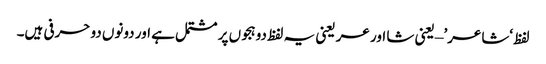
لفظ ‘شاعر’ – یعنی شا اور عر یعنی یہ لفظ دو ہجوں پر مشتمل ہے اور دونوں دو حرفی ہیں۔